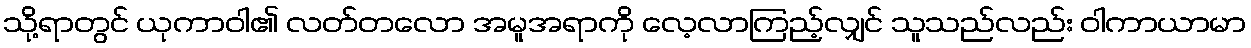
သို့ရာတွင် ယုကာဝါ၏ လတ်တလော အမူအရာကို လေ့လာကြည့်လျှင် သူသည်လည်း ဝါကာယာမာ